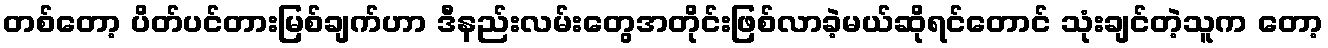
တစ်တော့ ပိတ်ပင်တားမြစ်ချက်ဟာ ဒီနည်းလမ်းတွေအတိုင်းဖြစ်လာခဲ့မယ်ဆိုရင်တောင် သုံးချင်တဲ့သူက တော့